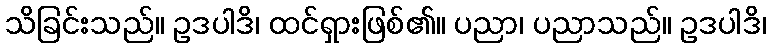
သိခြင်းသည်။ ဥဒပါဒိ၊ ထင်ရှားဖြစ်၏။ ပညာ၊ ပညာသည်။ ဥဒပါဒိ၊